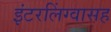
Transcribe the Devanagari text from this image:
इंटरलिंग्वासह